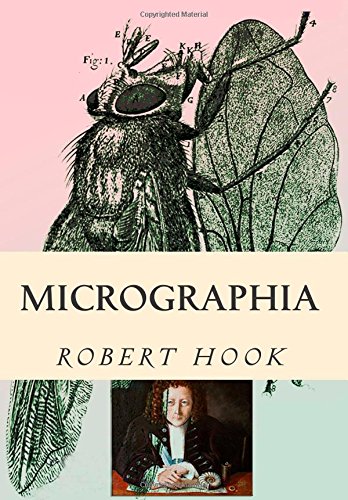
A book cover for Micrographia: Tabled & Illustrated; Robert Hook; Science & Math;